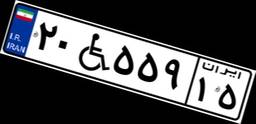
۱۱W۵۲۸۴۷